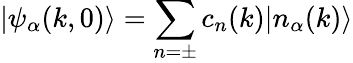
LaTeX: |\psi_{\alpha}(k,0)\rangle=\sum_{n=\pm}c_{n}(k)|n_{\alpha}(k)\rangle